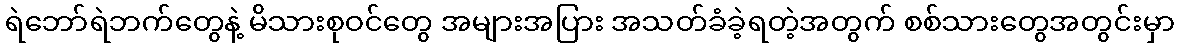
ရဲဘော်ရဲဘက်တွေနဲ့ မိသားစုဝင်တွေ အများအပြား အသတ်ခံခဲ့ရတဲ့အတွက် စစ်သားတွေအတွင်းမှာ